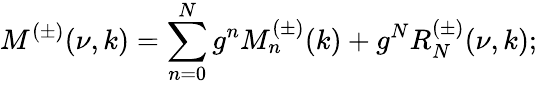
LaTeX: M^{(\pm)}(\nu,k)=\sum_{n=0}^{N}g^{n}M_{n}^{(\pm)}(k)+g^{N}R_{N}^{(\pm)}(\nu,k);